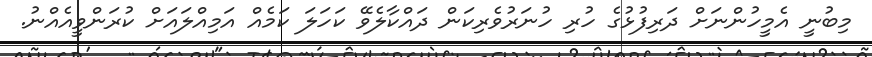
މިބުނީ އެމީހުންނަށް ދަރިފުޅުގެ ހުރި ހުނަރުވެރިކަން ދައްކާލެވޭ ކަހަލަ ކަމެއް އަމިއްލައަށް ކުރަންވީއެއްނު.